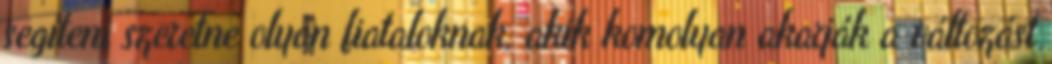
segíteni szeretne olyan fiataloknak, akik komolyan akarják a változást